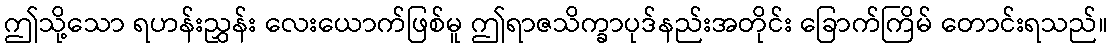
ဤသို့သော ရဟန်းညွှန်း လေးယောက်ဖြစ်မူ ဤရာဇသိက္ခာပုဒ်နည်းအတိုင်း ခြောက်ကြိမ် တောင်းရသည်။